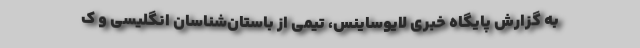
به گزارش پایگاه خبری لایوساینس، تیمی از باستان‌شناسان انگلیسی و ک